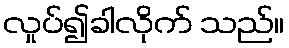
လှုပ်၍ခါလိုက် သည်။